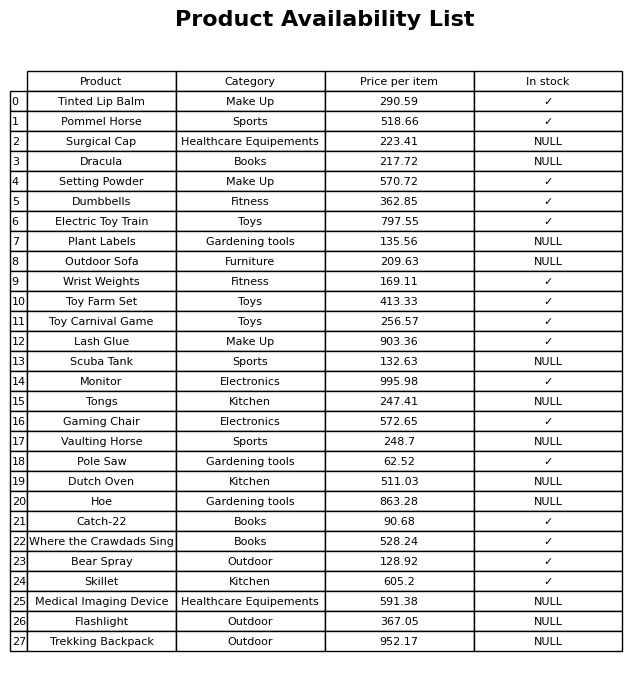
question: What is the price of the Scuba Tank?
answer: The price of Scuba Tank is 132.63.